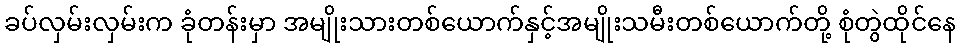
ခပ်လှမ်းလှမ်းက ခုံတန်းမှာ အမျိုးသားတစ်ယောက်နှင့်အမျိုးသမီးတစ်ယောက်တို့ စုံတွဲထိုင်နေ